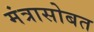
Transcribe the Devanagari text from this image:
मंत्रासोबत